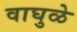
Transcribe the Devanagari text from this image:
वाघुळे